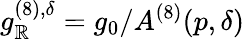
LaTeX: g_{\mathbb{R}}^{(8),\delta}=g_{0}/A^{(8)}(p,\delta)